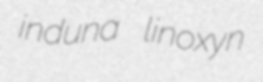
induna linoxyn